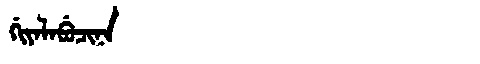
Manchu: ᡤᡳᠶᠠᠯᠠᠪᡠᠴᡳᠨᠠ
Romanization: GIYALABUCINA